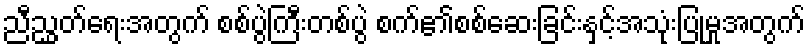
ညီညွှတ်ရေးအတွက် စစ်ပွဲကြီးတစ်ပွဲ စက်၏စစ်ဆေးခြင်းနှင့်အသုံးပြုမှုအတွက်